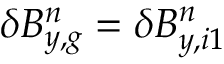
\delta B _ { y , g } ^ { n } = \delta B _ { y , i 1 } ^ { n }